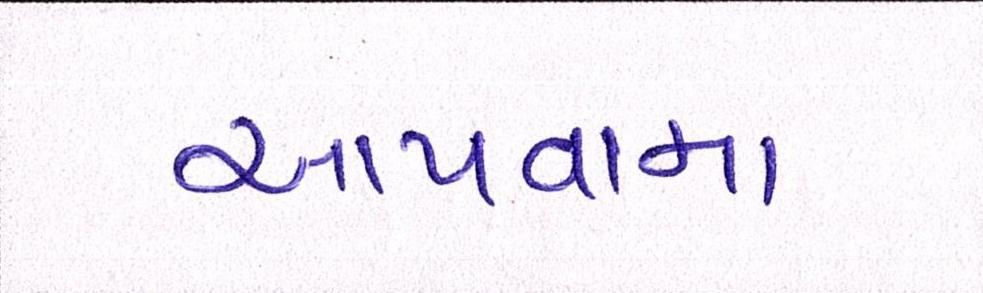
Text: આપવામા